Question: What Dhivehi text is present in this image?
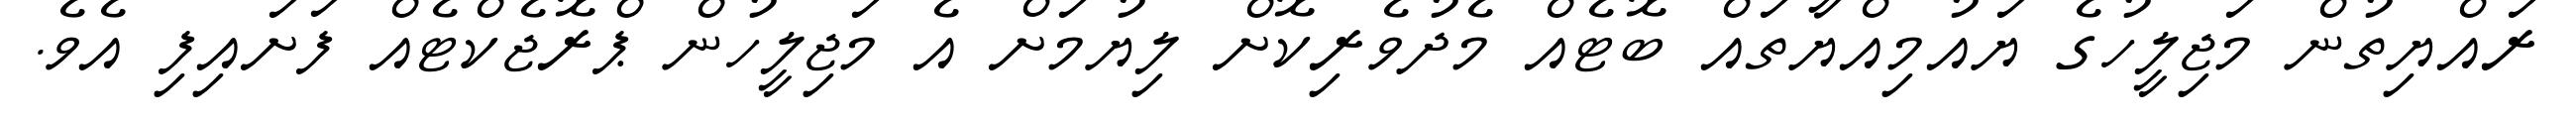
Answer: ރައްޔިތުން މަޖިލީހުގެ ޔައުމިއްޔާތައް ބޮޓެއް މެދުވެރިކޮށް ލިޔުމަށް އެ މަޖިލީހުން ޕްރޮޖެކްޓެއް ފަށައިފި އެވެ.